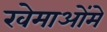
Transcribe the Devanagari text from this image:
खेमाओंमे